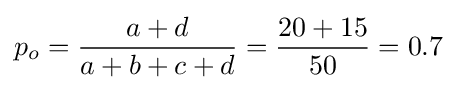
p_{o}={\frac {a+d}{a+b+c+d}}={\frac {20+15}{50}}=0.7